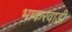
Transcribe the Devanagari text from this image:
भाकरवाडी